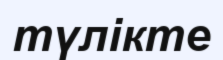
түлікте